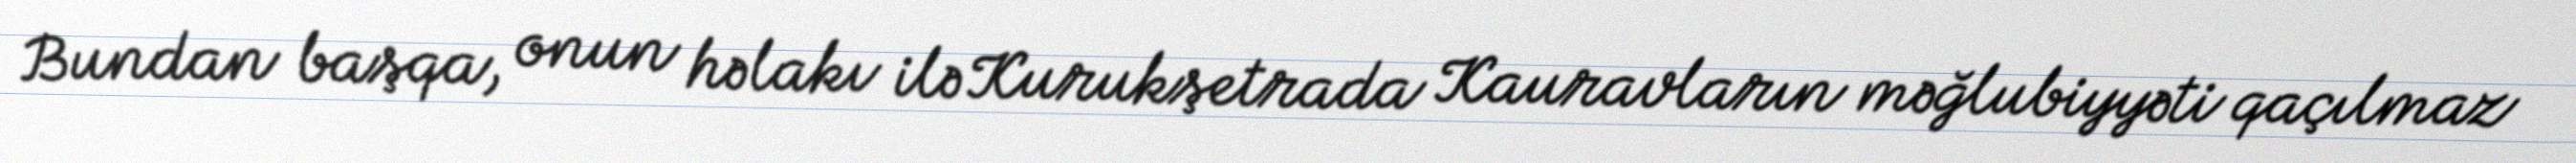
Bundan başqa, onun həlakı ilə Kurukşetrada Kauravların məğlubiyyəti qaçılmaz